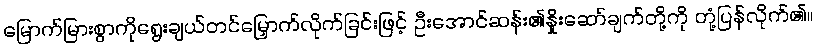
မြောက်မြားစွာကိုရွေးချယ်တင်မြှောက်လိုက်ခြင်းဖြင့် ဦးအောင်ဆန်း၏နှိုးဆော်ချက်တို့ကို တုံ့ပြန်လိုက်၏။